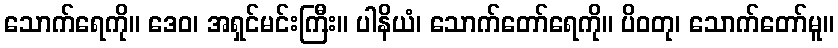
သောက်ရေကို။ ဒေဝ၊ အရှင်မင်းကြီး။ ပါနိယံ၊ သောက်တော်ရေကို။ ပိဝတု၊ သောက်တော်မူ။